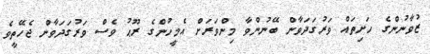
ޒުވާނުންގެ ހަށިތައް ވަރުގަދަވާން ބޭނުންވާ މިންވަރަށް އެމީހުންގެ ރޫޙު ވެސް ވަރުގަދަވާން ޖެހޭތީވެ